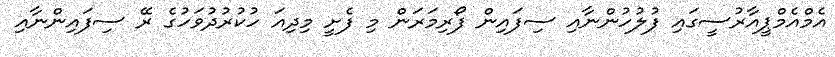
އެމްއެމްޕީއާރުސީގައި ފުލުހުންނާއި ސިފައިން ފޯރިމަރަން މި ފެށީ މިދިއަ ހުކުރުދުވަހުގެ ރޭ ސިފައިންނާއި